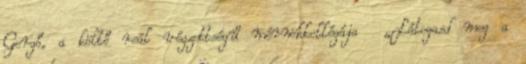
Gergő, a költő reál végzettségű mérnökkollégája „Látogasd meg a